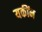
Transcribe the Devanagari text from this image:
यकींन